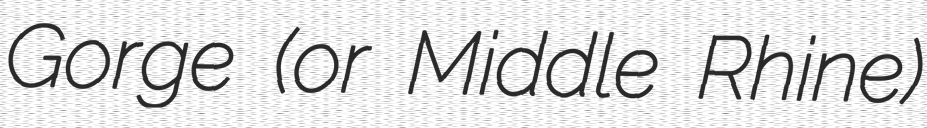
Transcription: Gorge (or Middle Rhine)